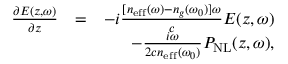
\begin{array} { r l r } { \frac { \partial E ( z , \omega ) } { \partial z } } & { = } & { - i \frac { [ n _ { \mathrm { e f f } } ( \omega ) - n _ { g } ( \omega _ { 0 } ) ] \omega } { c } E ( z , \omega ) } \\ & { } & { - \frac { i \omega } { 2 c n _ { \mathrm { e f f } } ( \omega _ { 0 } ) } P _ { \mathrm { N L } } ( z , \omega ) , } \end{array}